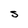
Character: S